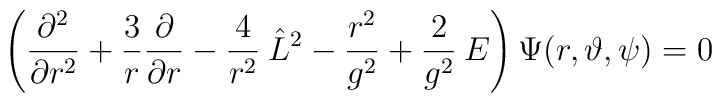
\left( \frac{\partial^2}{\partial r^2} +   \frac{3}{r}\frac{\partial}{\partial r} - \frac{4}{r^2}\:\hat L^2 -  \frac{r^2}{g^2} +   \frac{2}{g^2}\:E \right) \Psi(r, \vartheta, \psi) = 0